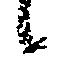
候